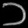
Digit: ၁